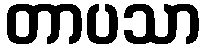
တာပသာ